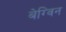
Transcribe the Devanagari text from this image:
बेग्विन